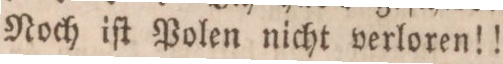
Noch iſt Polen nicht verloren!!